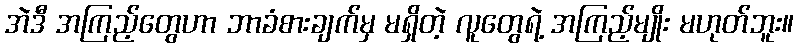
အဲဒီ အကြည့်တွေဟာ ဘာခံစားချက်မှ မရှိတဲ့ လူတွေရဲ့ အကြည့်မျိုး မဟုတ်ဘူး။